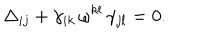
\Delta _ { i j } + \gamma _ { i k } \, \omega ^ { k l } \, \gamma _ { j l } = 0 .